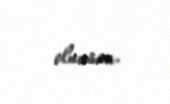
olunsun.